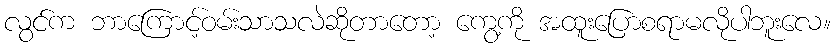
လွင်က ဘာကြောင့်ဝမ်းသာသလဲဆိုတာတော့ ကွေ့ကို အထူးပြောစရာမလိုပါဘူးလေ။